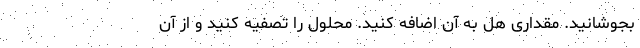
بجوشانید. مقداری هل به آن اضافه کنید. محلول را تصفیه کنید و از آن